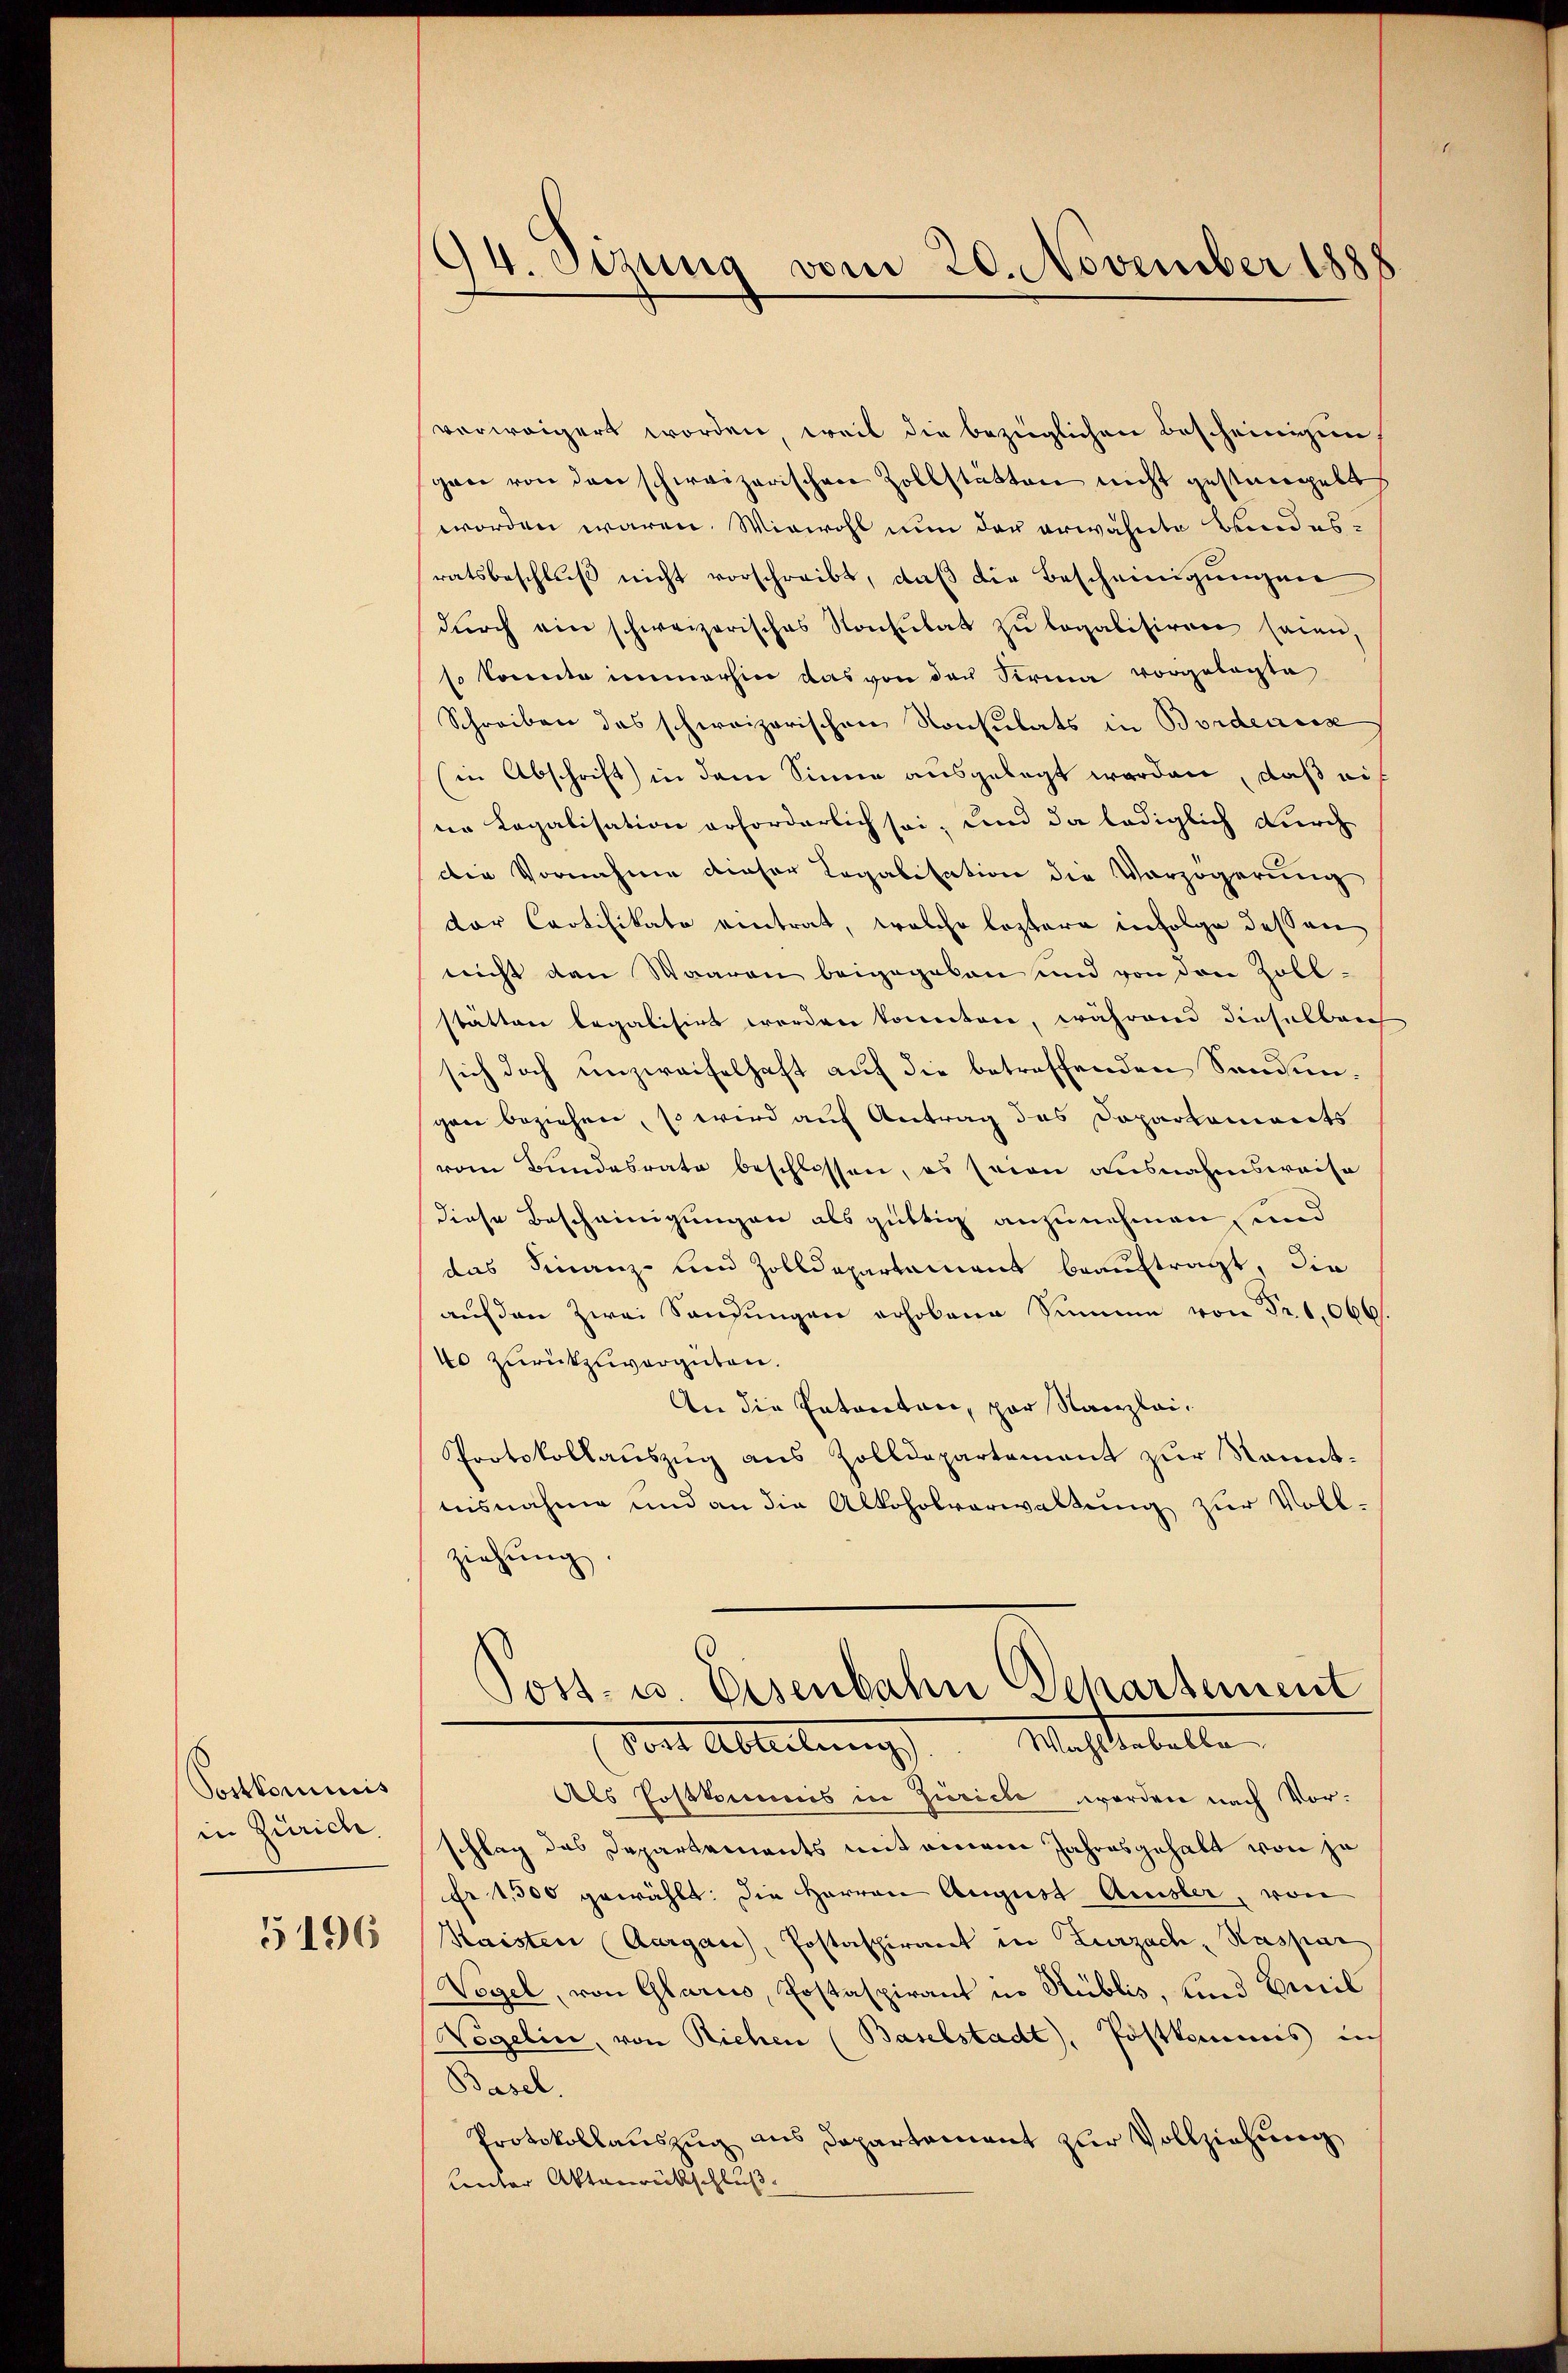
Postkommis
in Zürich.

5196

94. Sizung vom 20. November 1888

verweigert worden, weil die bezüglichen Bescheinigun
gan von den schweizerischen Zollstätten nicht gestangelt
worden waren. Wiewohl nun der erwähnte Bundesratsbeschluß nicht vorschreibt, daß die Bescheinigungen
dŭrch ein schweizerisches Konsulat zŭ legalisiren seien,
so konnte immerhin das von der Firma vorgelegte
Schreiben das schweizerischen Konsulats in Bordeauss
(in Abschrift in dem Sinne ausgelegt worden, daß auf
ne Legalisation erforderlich sei, und da lediglich durch
die Vornahme dieser Legalisation die Vorzögerung
dor Cartifikato eintrat, welche leztere infolge dessen
nicht den Waaren beigegeben und von den Zoll-
stätten legalisirt worden konnten, während dieselbeich
sich doch unzweifelhaft auf die betreffenden Sandungane beziehen, so wird auf Antrag des Dopartements
vom Bundesrate beschlossen, es seien ausnahmsweise
diese Bescheinigungen als güttig anzunehmen, und
das Finanz- und Zolldepartement beauftragt, die
auf den zwei Sandungen erhobene Summe von Fr. 1066
40 zurückzuvergüten.
An die Entaretari, par Kanzlei¬
Protokollauszug aus Zolldepartement zur Sanit-
nisnahme und an die Alkoholverwaltung zur Voll-
ziehung
Post- u. Eisenbahn Departement
dort Ableitung .   Machtestelle
Als Postkommis in Zürich werden nach Vorschlag das Departements mit einem Jahresgehalt von je
fr 1,500 gewählt: die Herren August Ausler, von
Kaisten (Aargau, Postaspirant in Zurzach, Kaspar
Vegel, von Glarus, Postaspirant in Publis, und Emil
Wegelin, von Riehen (Baselstadt, Postkommis in
Basel.
Protokollauszug aus Departement zur Vollziehung
Lnter Aktenrückschluß